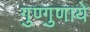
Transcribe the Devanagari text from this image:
गुण्गुणाये